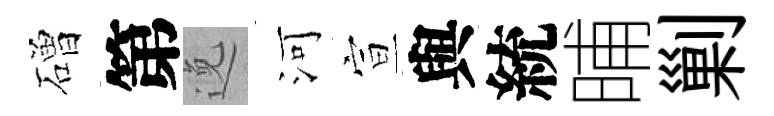
磳第𨓜河宣與統晡剿